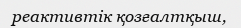
реактивтік қозғалтқыш,